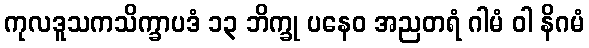
ကုလဒူသကသိက္ခာပဒံ ၁၃ ဘိက္ခု ပနေဝ အညတရံ ဂါမံ ဝါ နိဂမံ